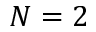
N = 2